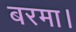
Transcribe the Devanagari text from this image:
बरमा।